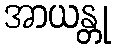
အာယန္တု